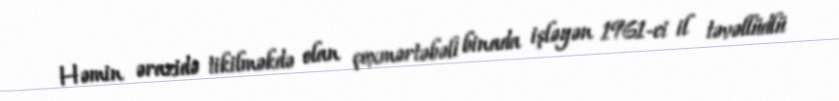
Həmin ərazidə tikilməkdə olan çoxmərtəbəli binada işləyən 1961-ci il təvəllüdlü